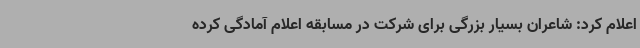
اعلام کرد: شاعران بسیار بزرگی برای شرکت در مسابقه اعلام آمادگی کرده